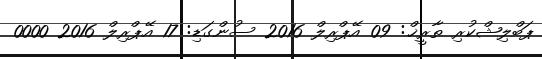
ޕަބްލިޝްކުރި ތާރީޚް: 09 އޭޕްރިލް 2016 ސުންގަޑި: 17 އޭޕްރިލް 2016 0000